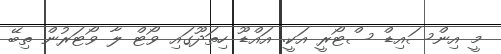
މީ އިންސައިޑް ސްޓޯރީ އަކީ. އައްޑޫ ހިތަދޫގައި ވޯޓް ލާ ވޯޓަރުން ތިބޭ